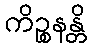
ကိဉ္စနန္တိ